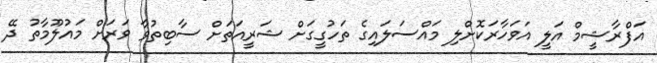
އަފްރާޝީމް އަލީ އަވަހާރަކޮށްލި މައްސަލައިގެ ތަހުގީގަށް ޝަރީއަތަށް ސާބިތުވާ ވަރަށް މައުލޫމާތު ދޭ